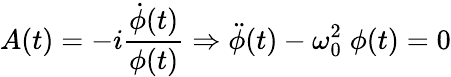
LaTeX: A(t)=-i\frac{\dot{\phi}(t)}{\phi(t)}\Rightarrow\ddot{\phi}(t)-\omega_{0}^{2}\; \phi(t)=0